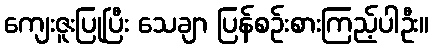
ကျေးဇူးပြုပြီး သေချာ ပြန်စဉ်းစားကြည့်ပါဦး။